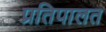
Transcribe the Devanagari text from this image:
प्रतिपालत